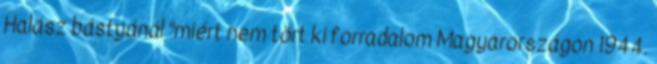
Halász bástyánál "miért nem tört ki forradalom Magyarországon 1944.